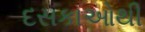
દસકાઓથી